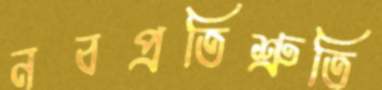
নবপ্রতিশ্রুতি